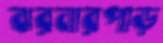
ঝরনারপাড়